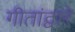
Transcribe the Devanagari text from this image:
गीतांद्वारे